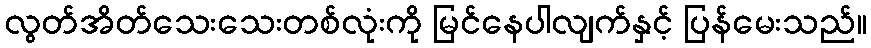
လွတ်အိတ်သေးသေးတစ်လုံးကို မြင်နေပါလျက်နှင့် ပြန်မေးသည်။